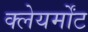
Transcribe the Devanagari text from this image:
क्लेयर्मोंट